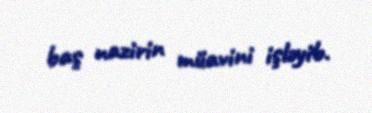
baş nazirin müavini işləyib.